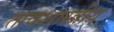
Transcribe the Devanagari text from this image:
तत्वशास्त्रीय